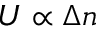
U \propto \Delta n